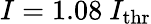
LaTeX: I=1.08~I_{\mathrm{thr}}